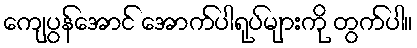
ကျေပွန်အောင် အောက်ပါရုပ်များကို တွက်ပါ။